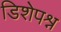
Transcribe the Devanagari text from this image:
डिशेपश्न